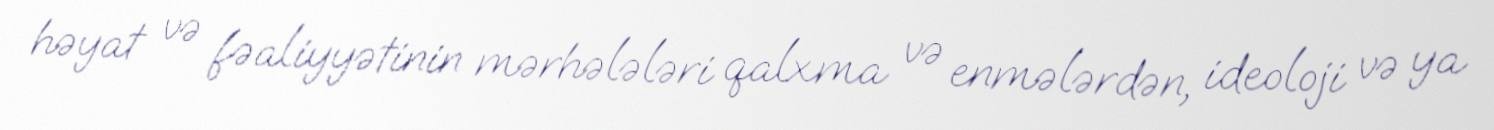
həyat və fəaliyyətinin mərhələləri qalxma və enmələrdən, ideoloji və ya